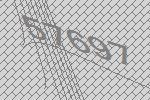
57697